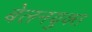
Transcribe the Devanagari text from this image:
बेलनयुक्त